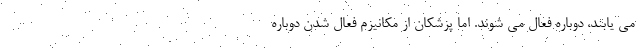
می یابند، دوباره فعال می شوند. اما پزشکان از مکانیزم فعال شدن دوباره